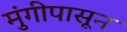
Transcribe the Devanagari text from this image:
मुंगीपासून